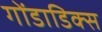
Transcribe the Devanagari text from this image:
गोंडाडिक्‍स